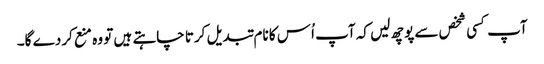
آپ کسی شخص سے پوچھ لیں کہ آپ اُس کا نام تبدیل کرتا چاہتے ہیں تو وہ منع کردے گا۔